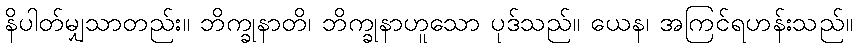
နိပါတ်မျှသာတည်း။ ဘိက္ခုနာတိ၊ ဘိက္ခုနာဟူသော ပုဒ်သည်။ ယေန၊ အကြင်ရဟန်းသည်။